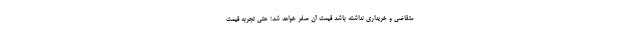
متقاضی و خریداری نداشته باشد قیمت آن صفر خواهد شد؛ حتی تجربه قیمت